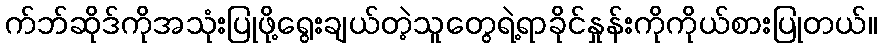
က်ဘ်ဆိုဒ်ကိုအသုံးပြုဖို့ရွေးချယ်တဲ့သူတွေရဲ့ရာခိုင်နှုန်းကိုကိုယ်စားပြုတယ်။